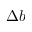
\Delta b